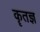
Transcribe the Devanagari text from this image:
कॄतज्ञ